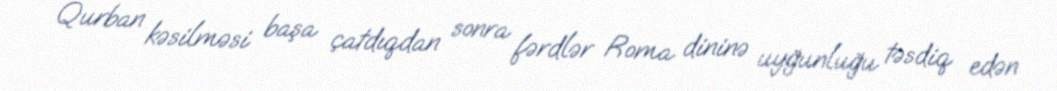
Qurban kəsilməsi başa çatdıqdan sonra fərdlər Roma dininə uyğunluğu təsdiq edən